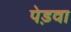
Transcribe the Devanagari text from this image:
पेड़वा